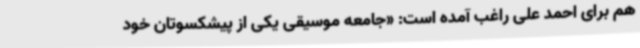
هم برای احمد علی راغب آمده است: «جامعه موسیقی یکی از پیشکسوتان خود